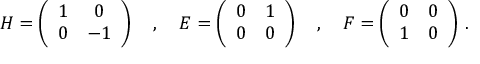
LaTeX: H = \left( \begin{array} { c c } { { 1 } } & { { 0 } } \\ { { 0 } } & { { - 1 } } \end{array} \right) \quad , \quad E = \left( \begin{array} { c c } { { 0 } } & { { 1 } } \\ { { 0 } } & { { 0 } } \end{array} \right) \quad , \quad F = \left( \begin{array} { c c } { { 0 } } & { { 0 } } \\ { { 1 } } & { { 0 } } \end{array} \right) \, .